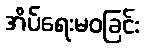
အိပ်ရေးမဝခြင်း